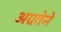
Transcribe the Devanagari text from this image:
अग्रतेने